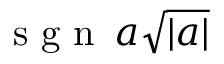
\mathrm { ~ s ~ g ~ n ~ } \, a \sqrt { | a | }